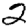
Digit: 2